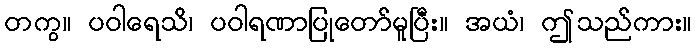
တကွ။ ပဝါရေသိ၊ ပဝါရဏာပြုတော်မူပြီး။ အယံ၊ ဤသည်ကား။